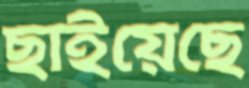
ছাইয়েছে